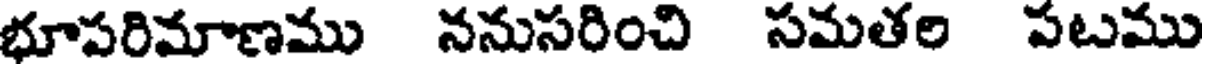
భూపరిమాణము ననుసరించి సమతల పటము